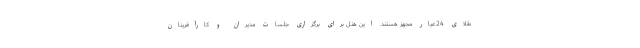
طلای 24عیار مجهز هستند. این هتل برای برگزاری جلسات مدیران و کارآفرینان